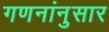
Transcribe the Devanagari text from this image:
गणनांनुसार